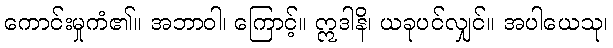
ကောင်းမှုကံ၏။ အဘာဝါ၊ ကြောင့်။ ဣဒါနိ၊ ယခုပင်လျှင်။ အပါယေသု၊